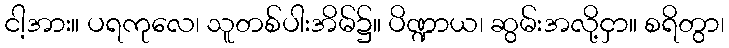
ငါ့အား။ ပရကုလေ၊ သူတစ်ပါးအိမ်၌။ ပိဏ္ဍာယ၊ ဆွမ်းအလို့ငှာ။ စရိတွာ၊